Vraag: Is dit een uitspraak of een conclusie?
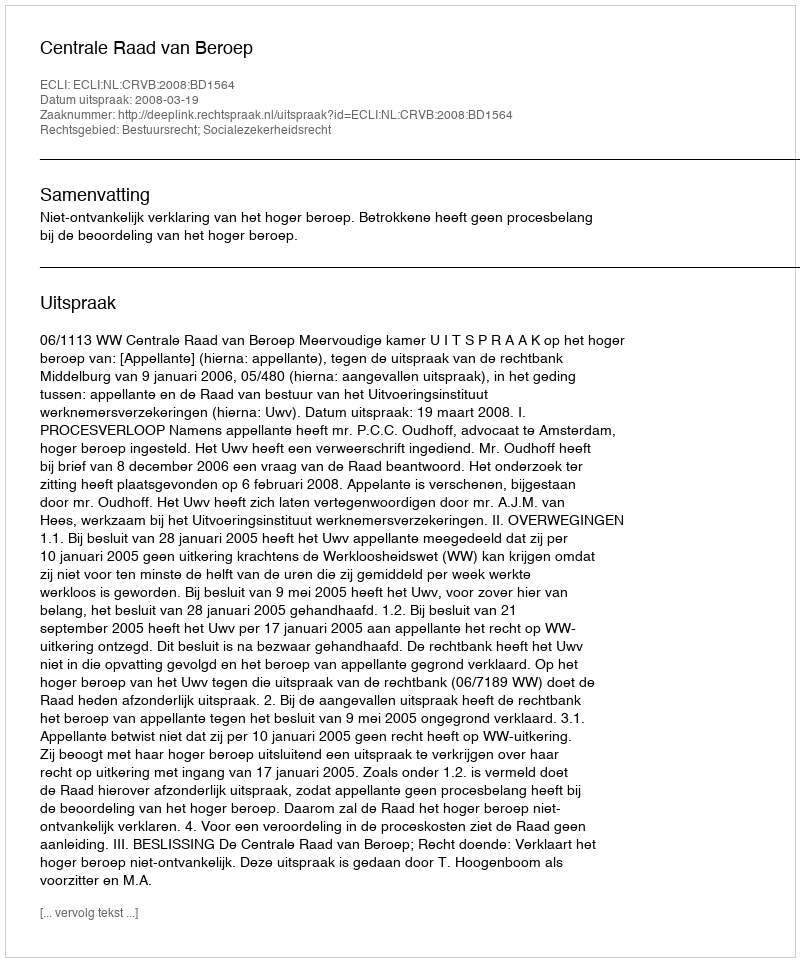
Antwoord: Uitspraak